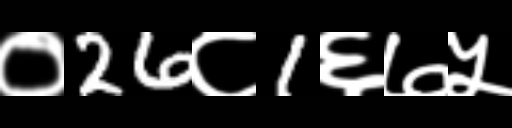
Text: ०26८1६७५